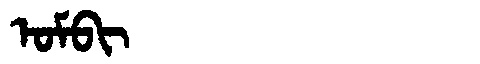
Manchu: ᠣᠮᠪᡳ
Romanization: OMBI